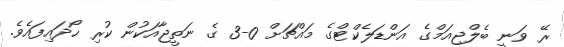
ރޭ ވަނީ ބެލްޖިއަމްގެ އަންޑަލެކްޓްގެ މައްޗަށް 0-3 ގެ ނަތީޖާއަކުން ކުރި ހޯދައިފައެވެ.